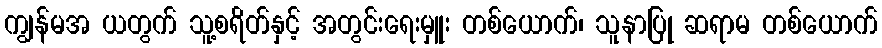
ကျွန်မအ ယတွက် သူ့စရိတ်နှင့် အတွင်းရေးမှူး တစ်ယောက်၊ သူနာပြု ဆရာမ တစ်ယောက်